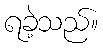
ရခဲ့သည်။